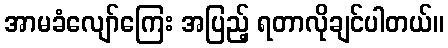
အာမခံလျော်ကြေး အပြည့် ရတာလိုချင်ပါတယ်။